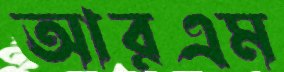
আরএম